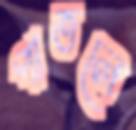
পাতলে